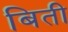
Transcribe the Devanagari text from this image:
बिती